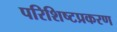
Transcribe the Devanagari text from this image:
परिशिष्टप्रकरण